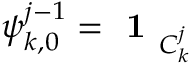
\boldsymbol { \psi } _ { k , 0 } ^ { j - 1 } = \textbf { 1 } _ { C _ { k } ^ { j } }